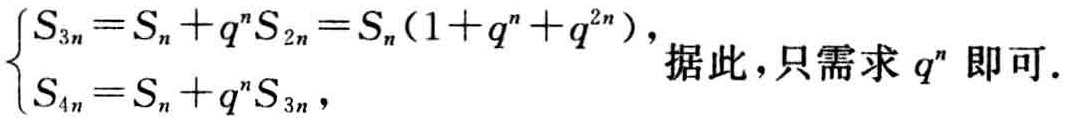
$\left\{\begin{array}{l}S_{3n}=S_{n}+q^{n}S_{2n}=S_{n}(1 + q^{n}+q^{2n})\\S_{4n}=S_{n}+q^{n}S_{3n}\end{array}\right.$，据此，只需求 \(q^{n}\) 即可.